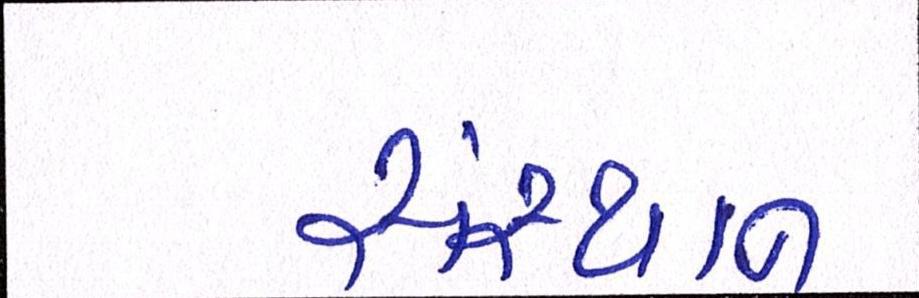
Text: સંસ્થાન